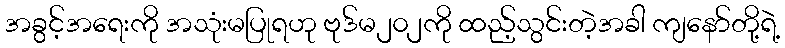
အခွင့်အရေးကို အသုံးမပြုရဟု ဗုဒ်မ၂၀၂ကို ထည့်သွင်းတဲ့အခါ ကျနော်တို့ရဲ့